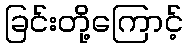
ခြင်းတို့ကြောင့်